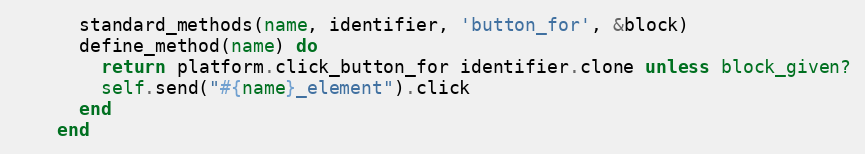
Language: Ruby
      standard_methods(name, identifier, 'button_for', &block)
      define_method(name) do
        return platform.click_button_for identifier.clone unless block_given?
        self.send("#{name}_element").click
      end
    end